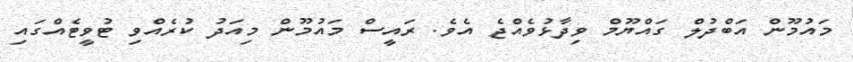
މައުމޫން އަބްދުލް ގައްޔޫމް ވިދާޅުވެއްޖެ އެވެ. ރައީސް މައުމޫން މިއަދު ކުރެއްވި ޓުވީޓެއްގައި